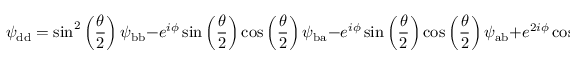
\psi _ { \mathrm { d d } } = \sin ^ { 2 } \left( \frac { \theta } { 2 } \right) \psi _ { \mathrm { b b } } - e ^ { i \phi } \sin \left( \frac { \theta } { 2 } \right) \cos \left( \frac { \theta } { 2 } \right) \psi _ { \mathrm { b a } } - e ^ { i \phi } \sin \left( \frac { \theta } { 2 } \right) \cos \left( \frac { \theta } { 2 } \right) \psi _ { \mathrm { a b } } + e ^ { 2 i \phi } \cos ^ { 2 } \left( \frac { \theta } { 2 } \right) \psi _ { \mathrm { a a } }